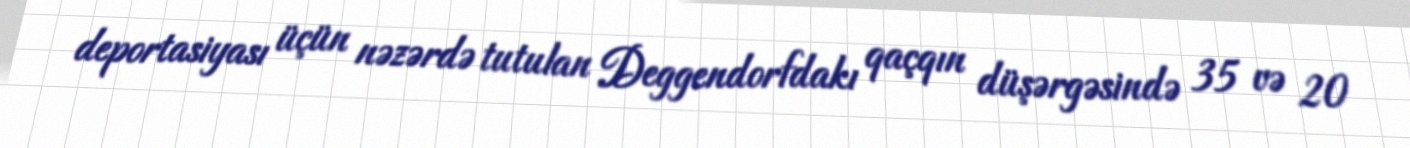
deportasiyası üçün nəzərdə tutulan Deggendorfdakı qaçqın düşərgəsində 35 və 20